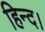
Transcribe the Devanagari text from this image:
हिन्द।